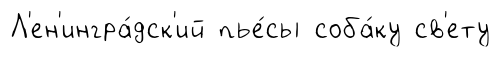
Л'ен'ингра́дск'ий пье́сы соба́ку св'ету